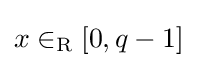
x\in _{\text{R}}[0,q-1]